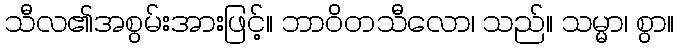
သီလ၏အစွမ်းအားဖြင့်။ ဘာဝိတသီလော၊ သည်။ သမ္မာ၊ စွာ။